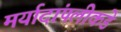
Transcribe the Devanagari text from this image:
मर्यादांपलीकडे